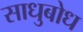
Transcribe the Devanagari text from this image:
साधुबोध